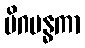
မိဂဗန္ဓကာ